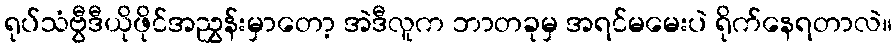
ရုပ်သံဗွီဒီယိုဖိုင်အညွှန်းမှာတော့ အဲဒီလူက ဘာတခုမှ အရင်မမေးပဲ ရိုက်နေရတာလဲ။